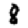
Digit: 8